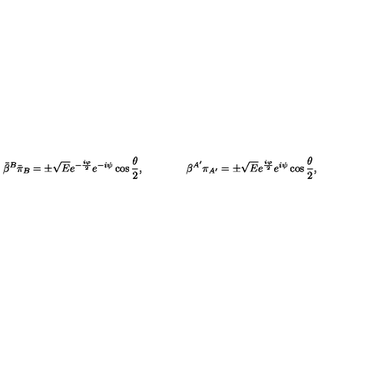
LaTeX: { \bar { \beta } } ^ { B } { \bar { \pi } } _ { B } = \pm { \sqrt E } e ^ { - { \frac { i \varphi } { 2 } } } e ^ { - i \psi } \cos { \frac { \theta } { 2 } } , \qquad \qquad \beta ^ { A ^ { \prime } } \pi _ { A ^ { \prime } } = \pm { \sqrt E } e ^ { { \frac { i \varphi } { 2 } } } e ^ { i \psi } \cos { \frac { \theta } { 2 } } ,